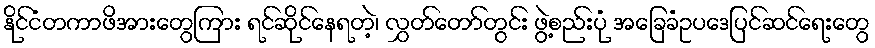
နိုင်ငံတကာဖိအားတွေကြား ရင်ဆိုင်နေရတဲ့၊ လွှတ်တော်တွင်း ဖွဲ့စည်းပုံ အခြေခံဥပဒေပြင်ဆင်ရေးတွေ